DOW-UAP-D48, Department of the Air Force Report, 1996
Agency: Department of War
Incident date: 9/10/96
Page 46
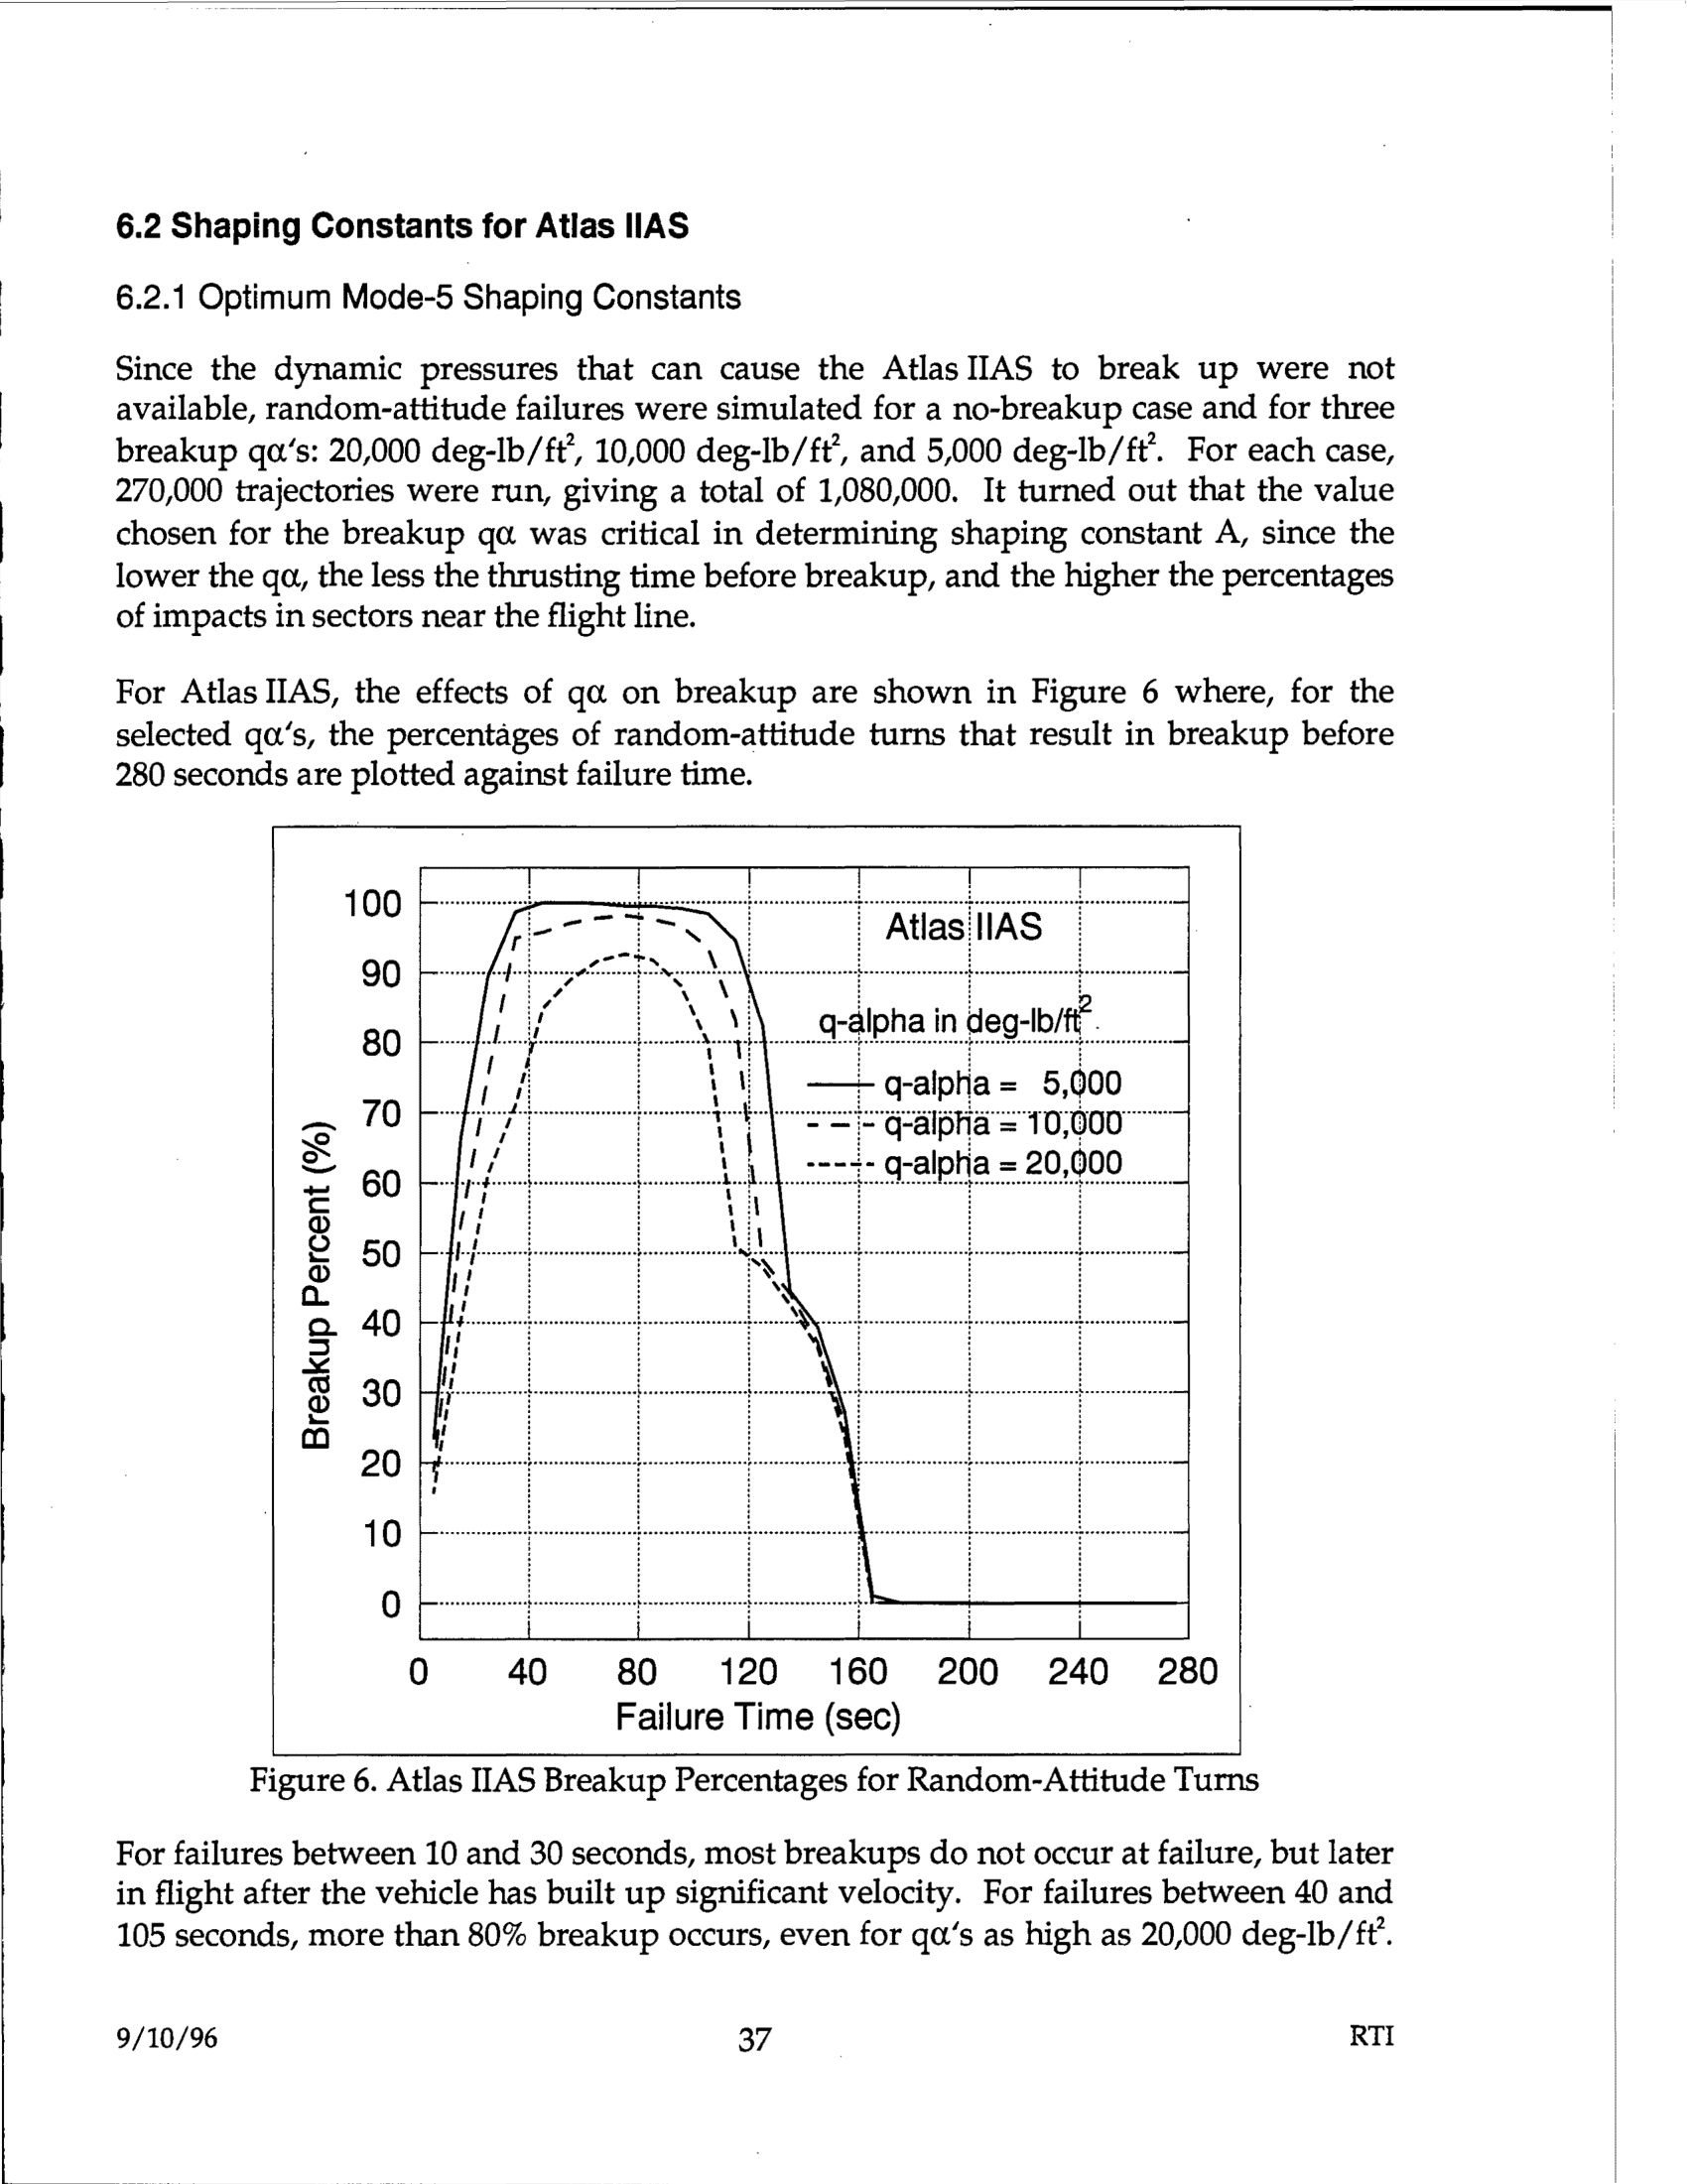